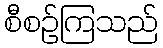
စီစဉ်ကြသည်